Vaccination United Provinces of Agra and Oudh 1923-1928 - 1923-1928
Year: 1923
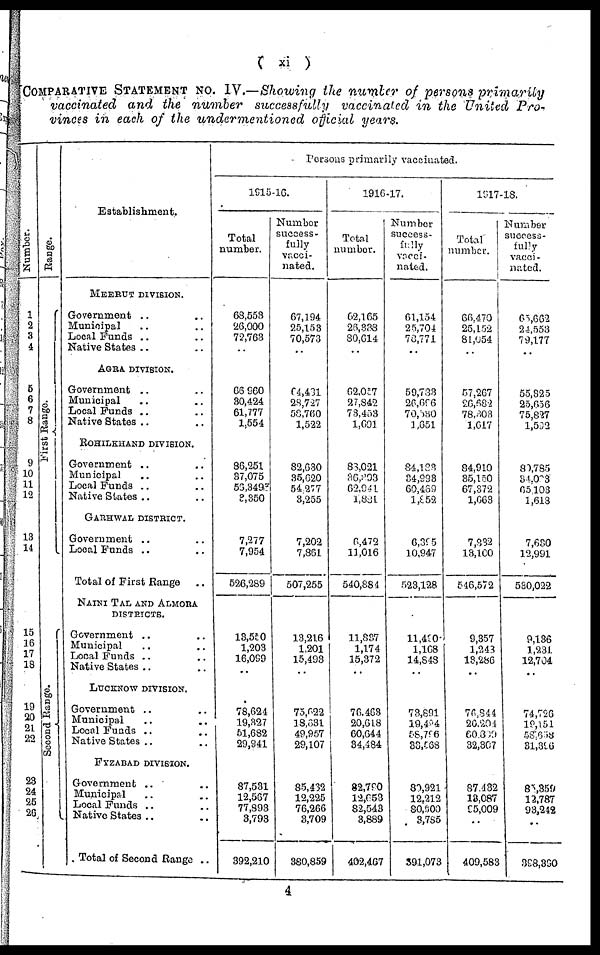
( xi )
COMPARATIVE STATEMENT NO. IV.—Showing the number of persons primarily
vaccinated and the number successfully vaccinated in the United Pro-
vinces in each of the undermentioned official years.
Number.
1
2
3
4
5
6
7
8
9
10
11
12
13
14
15
16
17
18
19
20
21
22
23
24
25
26
Range.
First Range.
Second Range.
Establishment.
MEERUT DIVISION.
Government .. ..
Municipal .. ..
Local Funds .. ..
Native States .. ..
AGRA DIVISION.
Government .. ..
Municipal .. ..
Local Funds .. ..
Native States .. ..
ROHILKHAND DIVISION.
Government .. ..
Municipal .. ..
Local Funds .. ..
Native States .. ..
GARHWAL DISTRICT.
Government .. ..
Local Funds .. ..
Total of First Range ..
NAINI TAL AND ALMORA
DISTRICTS.
Government .. ..
Municipal .. ..
Local Funds .. ..
Native States .. ..
LUCKNOW DIVISION.
Government .. ..
Municipal .. ..
Local Funds .. ..
Native States .. ..
FYZABAD DIVISION.
Government .. ..
Municipal .. ..
Local Funds .. ..
Native States .. ..
Total of Second Range ..
Persons primarily vaccinated.
1915-16.
Total
number.
68,553
26,000
72,763
..
66,960
30,424
61,777
1,554
86,251
37,075
56,349
3,350
7,277
7,954
526,289
13,550
1,203
16,099
..
78,624
19,327
51,682
29,941
87,531
12,567
77,893
3,793
392,210
Number
success-
fully
vacci-
nated.
67,194
25,153
70,573
..
64,431
28,727
58,760
1,522
82,630
35,620
54,277
3,255
7,202
7,861
507,255
13,216
1,201
15,493
..
75,622
18,631
49,957
29,107
85,432
12,225
76,266
3,709
380,859
1916-17.
Total
number.
62,165
26,338
80,614
..
62,057
27,842
73,453
1,691
83,021
36,393
62,941
1,831
6,472
11,016
540,884
11,837
1,174
15,372
..
76,463
20,618
60,644
34,484
82,790
12,653
82,543
3,889
402,467
Number
success-
fully
vacci¬
nated.
61,154
25,704
78,771
..
59,783
26,696
70,530
1,651
84,183
34,993
60,469
1,852
6,395
10,947
523,128
11,430
1,168
14,848
..
73,891
19,494
58,796
33,568
80,921
12,212
80,900
3,785
391,073
1917-18.
Total
number.
66,470
25,152
81,054
..
57,267
26,682
78,303
1,617
84,910
35,150
67,372
1,663
7,832
13,100
546,572
9,357
1,243
13,286
..
76,844
20,204
60,809
32,307
87,432
13,087
95,009
..
409,583
Number
success-
fully
vacci¬
nated.
65,662
24,553
79,177
..
55,325
25,656
75,827
1,592
80,785
34,093
65,103
1,618
7,630
12,991
530,022
9,136
1,231
12,704
..
74,726
19,151
58,658
31,396
85,359
12,787
93,242
..
398,390
4